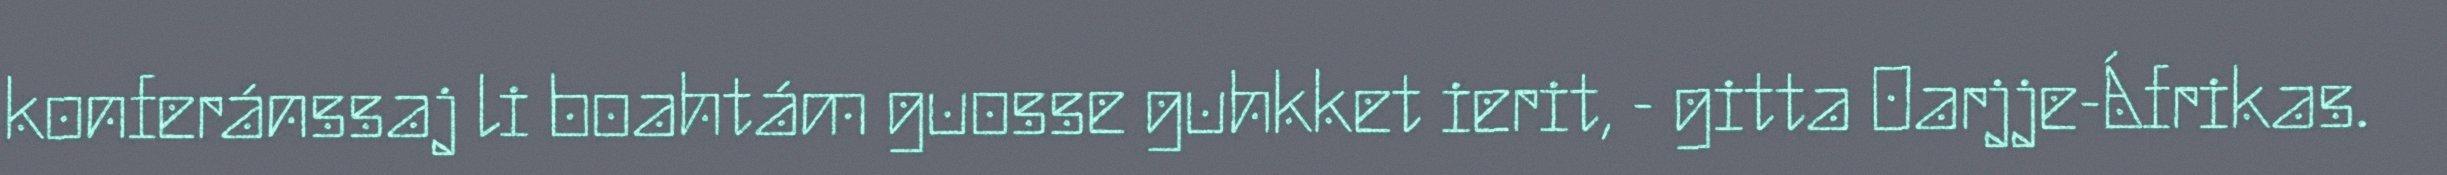
konferánssaj li boahtám guosse guhkket ierit, - gitta Oarjje-Áfrikas.